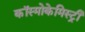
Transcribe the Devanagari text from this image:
कॉस्मोकेमिस्ट्री